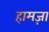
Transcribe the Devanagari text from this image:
हामज़ा